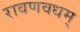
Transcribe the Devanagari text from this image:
रावणवधम्